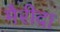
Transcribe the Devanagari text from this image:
मैरीदा